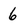
Character: 6